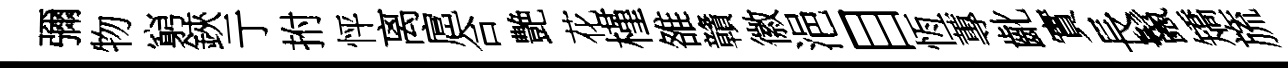
彌物窮鋏亍拊怦离扈合艶花槿雒贛徽浥目恆蓴齔實長鬣矯旒